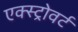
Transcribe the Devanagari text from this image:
एक्स्ट्रोवर्ट